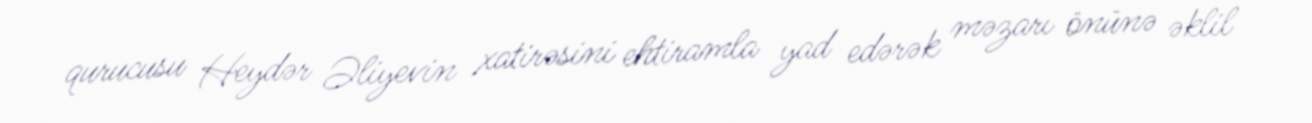
qurucusu Heydər Əliyevin xatirəsini ehtiramla yad edərək məzarı önünə əklil